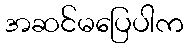
အဆင်မပြေပါက